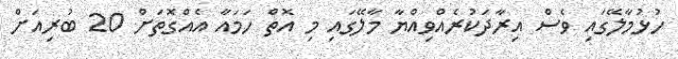
ހުޅުމާލޭގައި ވެސް އިރާދަކުރެއްވިއްޔާ މާލޭގައި މި އޮތް ހަމައާ އެއްގޮތަށް 20 ބުރިއަށް